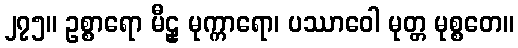
၂၇၅။ ဥစ္စာရော မီဠှ မုက္ကာရော၊ ပဿာဝေါ မုတ္တ မုစ္စတေ။